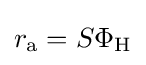
r_{\text{a}}=S\Phi _{\text{H}}